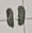
Text: 11